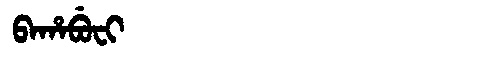
Manchu: ᠪᠠᡥᠠᠪᡠᠸᡳ
Romanization: BAHABUFI